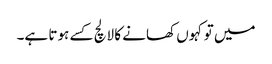
میں تو کہوں کھانے کا لالچ کسے ہوتا ہے۔